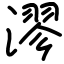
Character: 漻